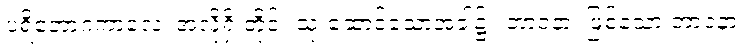
ပရိဘောဂကာလေ၊ အလိုရှိ တိုင်း သုံးဆောင်သောအခါ၌။ ဘာဝနာ၊ ဖြစ်သော ဘာဝနာ